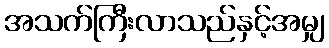
အသက်ကြီးလာသည်နှင့်အမျှ